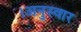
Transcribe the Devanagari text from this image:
।अनुस्वार